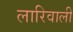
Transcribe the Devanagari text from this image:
लारिवाली